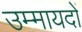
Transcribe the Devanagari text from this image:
उम्मायदों